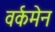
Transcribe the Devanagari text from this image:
वर्कमेन